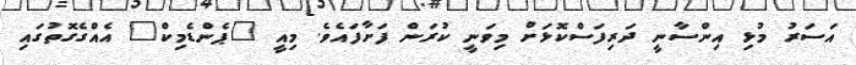
އަސަރު މުޅި އިންސާނީ ދަރިފަސްކޮޅަށް މިވަނީ ކުރަން ފަށާފައެވެ. މިއީ "ޕެންޑެމިކް" އެއްގެގޮތުގައި